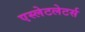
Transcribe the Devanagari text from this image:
एस्लेटलेटर्स